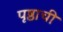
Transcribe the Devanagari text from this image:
पृष्ठाची